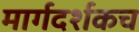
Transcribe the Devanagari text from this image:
मार्गदर्शकच